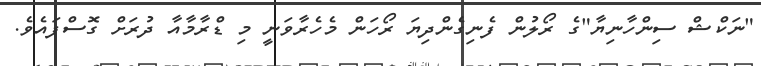
"ނަކްޝް ސިންހާނިޔާ"ގެ ރޯލުން ފެނިގެންދިޔަ ރޯހަން މެހެރާވަނީ މި ޑްރާމާއާ ދުރަށް ގޮސްފައެވެ.